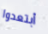
أبتعدوا